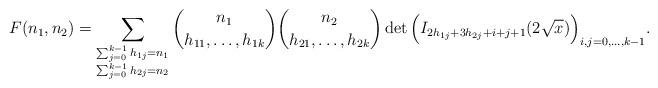
LaTeX: \begin{align*}F(n_1,n_2) = \sum_{\substack{ \sum_{j=0}^{k-1} h_{1j}=n_1 \\ \sum_{j=0}^{k-1} h_{2j}=n_2}} \binom{n_1}{h_{11},\ldots,h_{1k}} \binom{n_2}{h_{21},\ldots,h_{2k}} \det\Big( I_{ 2h_{1j}+3h_{2j}+i+j+1 } (2\sqrt{x}) \Big)_{i,j=0,\ldots,k-1}.\end{align*}